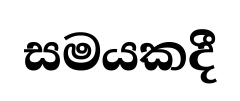
සමයකදී